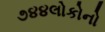
૭૪૪લોકોનો